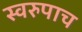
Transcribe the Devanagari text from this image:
स्वरुपाच